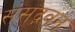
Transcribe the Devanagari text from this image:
संसद्भवन